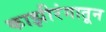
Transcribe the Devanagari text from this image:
काझीरंगातून